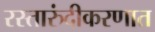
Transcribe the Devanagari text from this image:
रस्तारुंदीकरणात